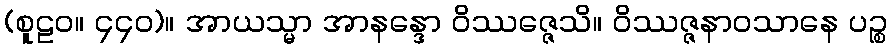
(စူဠဝ။ ၄၄၀)။ အာယသ္မာ အာနန္ဒော ဝိဿဇ္ဇေသိ။ ဝိဿဇ္ဇနာဝသာနေ ပဉ္စ